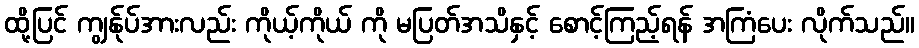
ထို့ပြင် ကျွန်ုပ်အားလည်း ကိုယ့်ကိုယ် ကို မပြတ်အသိနှင့် စောင့်ကြည့်ရန် အကြံပေး လိုက်သည်။